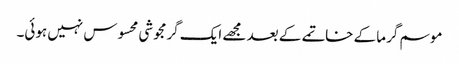
موسم گرما کے خاتمے کے بعد مجھے ایک گرمجوشی محسوس نہیں ہوئی۔